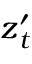
\ensuremath { \boldsymbol { z } } _ { t } ^ { \prime }